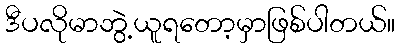
ဒီပလိုမာဘွဲ့ယူရတော့မှာဖြစ်ပါတယ်။